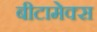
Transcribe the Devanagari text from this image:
बीटामेक्स